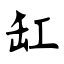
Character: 缸